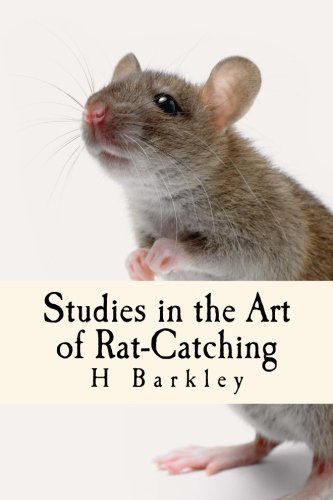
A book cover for Studies in the Art of Rat-Catching; H C Barkley; Science & Math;